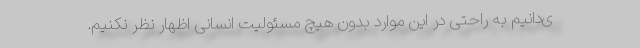
ی‌دانیم به راحتی در این موارد بدون هیچ مسئولیت انسانی اظهار نظر نکنیم.